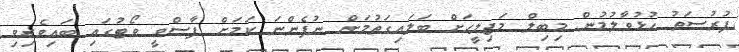
ފުރުސަތު ހުޅުވާލުމުން މިބިލް މަޖިލީހަށް ބަލައިގަތުމަށް ނުފެންނަ ކަމަށް ފާސްވީ ވޯޓުގައި ބައިވެރިވި